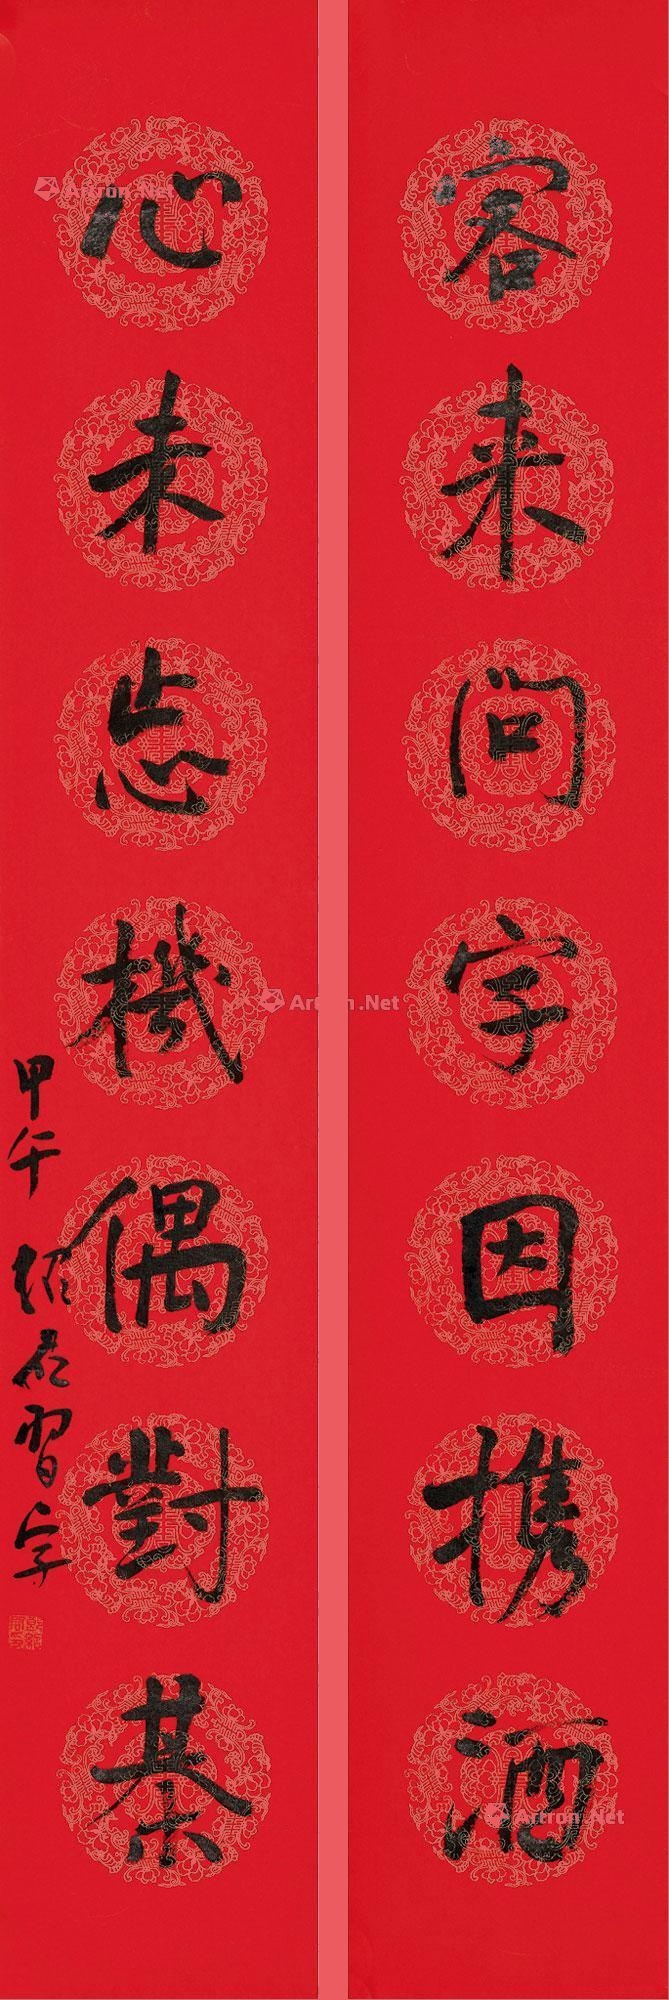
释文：客来问字因携酒,心未忘机偶对书。甲午绍君习字。